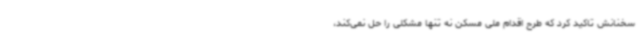
سخنانش تاکید کرد که طرح اقدام ملی مسکن نه تنها مشکلی را حل نمی‌کند،